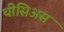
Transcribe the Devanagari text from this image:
थीसिअस